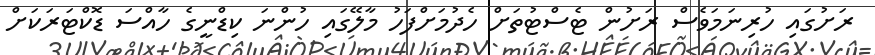
ރަށުގައި ހުރިނަމަވެސް ރަށުން ޓެސްޓުތަށް ހެދުމަށްފަހު މާލޭގައި ހުންނަ ކިޑްނީގެ ހާއްސަ ޑޮކްޓަރަކަށް